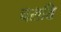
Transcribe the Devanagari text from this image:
चराति